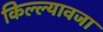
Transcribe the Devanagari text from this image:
किल्ल्यावजा